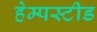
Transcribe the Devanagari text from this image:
हेम्पस्टीड